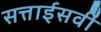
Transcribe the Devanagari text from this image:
सत्ताईसवीं